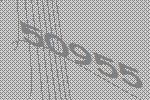
50955